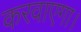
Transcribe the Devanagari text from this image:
करवाएगा।